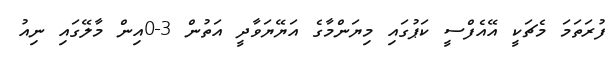
ފުރަތަމަ މެޗަކީ އޭއެފްސީ ކަޕުގައި މިޔަންމާގެ އަޔޭޔަވާދީ އަތުން 3-0އިން މާލޭގައި ނިއު